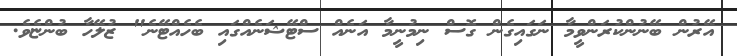
އޭރުން ބޭނުންކުރަންވީމާ ނަގައިގެން ގޮސް ނިމުނީމާ އަނެއް ސްޓޭޝަނެއްގައި ބެހެއްޓޭނެ" ޒުލޭހާ ބުންޏެވެ.